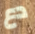
دع